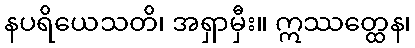
နပရိယေသတိ၊ အရှာမှီး။ ဣဿတ္ထေန၊